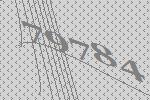
79784